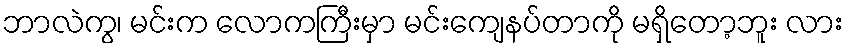
ဘာလဲကွ၊ မင်းက လောကကြီးမှာ မင်းကျေနပ်တာကို မရှိတော့ဘူး လား